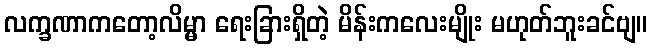
လက္ခဏာကတော့လိမ္မာ ရေးခြားရှိတဲ့ မိန်းကလေးမျိုး မဟုတ်ဘူးခင်ဗျ။